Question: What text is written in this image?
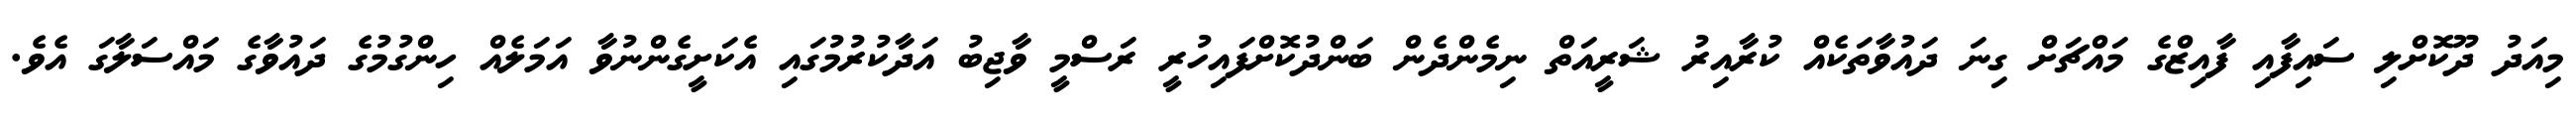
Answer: މިއަދު ދޫކޮށްލި ސައިފާއި ފާއިޒްގެ މައްޗަށް ގިނަ ދައުވާތަކެއް ކުރާއިރު ޝަރީއަތް ނިމެންދެން ބަންދުކޮށްފައިހުރީ ރަސްމީ ވާޖިބު އަދާކުރުމުގައި އެކަށީގެންނުވާ އަމަލެއް ހިންގުމުގެ ދައުވާގެ މައްސަލާގަ އެވެ.